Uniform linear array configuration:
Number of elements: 16
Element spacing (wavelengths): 0.75
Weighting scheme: cosine
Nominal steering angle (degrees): -30
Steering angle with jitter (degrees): -31.765
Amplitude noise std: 0.05
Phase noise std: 0.05

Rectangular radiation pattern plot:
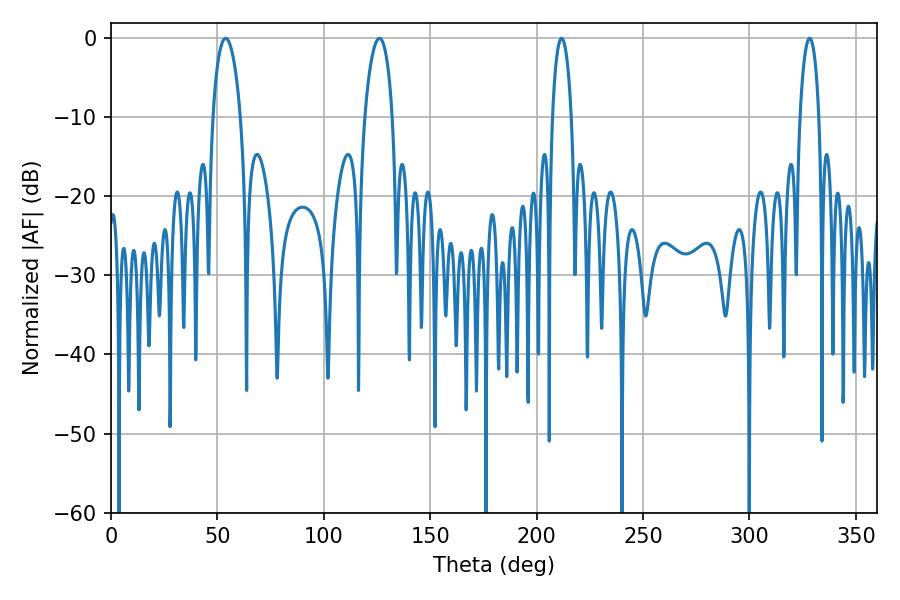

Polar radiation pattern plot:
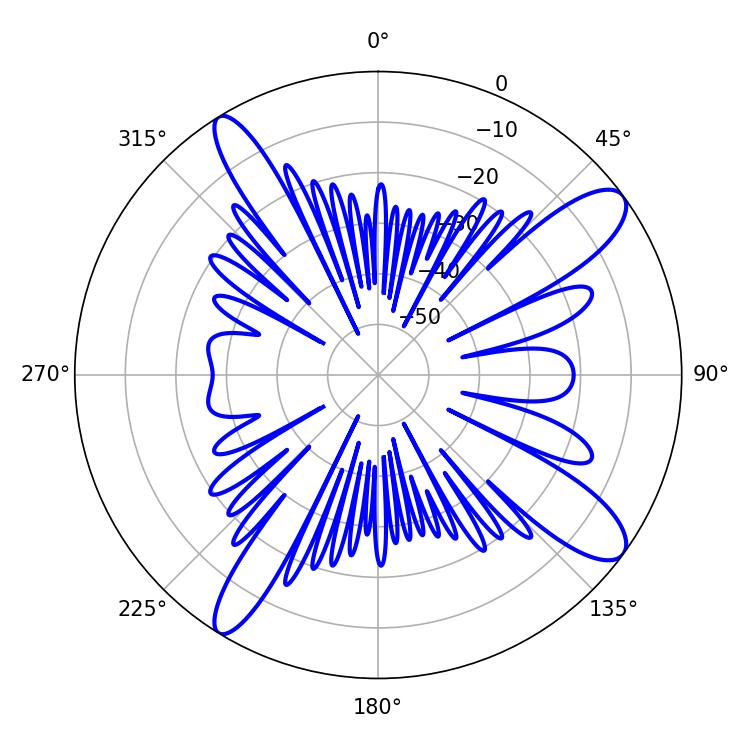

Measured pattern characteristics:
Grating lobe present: TRUE
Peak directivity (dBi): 12.007
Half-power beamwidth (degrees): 7.38
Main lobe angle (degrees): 53.82